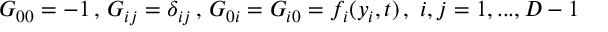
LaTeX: G _ { 0 0 } = - 1 \, , \, G _ { i j } = \delta _ { i j } \, , \, G _ { 0 i } = G _ { i 0 } = f _ { i } ( y _ { i } , t ) \, , \, \, i , j = 1 , . . . , D - 1